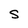
Character: S